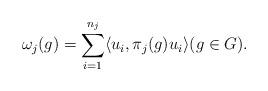
LaTeX: \begin{align*} \omega_j(g) = \sum_{i=1}^{n_j} \langle u_i, \pi_j(g) u_i \rangle (g \in G).\end{align*}